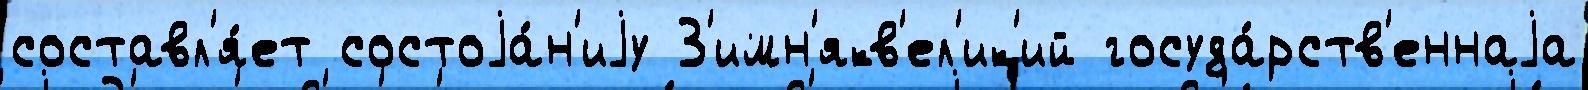
составл'я́ет состоjа́н'иjу З'имн'якв'ел'ик'ий госуда́рств'еннаjа